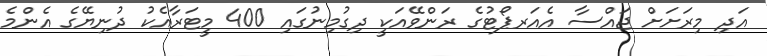
އަދި މިރަށަށް ޖައްސާ އެއަރޕޯޓުގެ ރަންވޭއަކީ ދިގުމިނުގައި 400 މީޓަރާއެކު ދުނިޔޭގެ އެންމެ